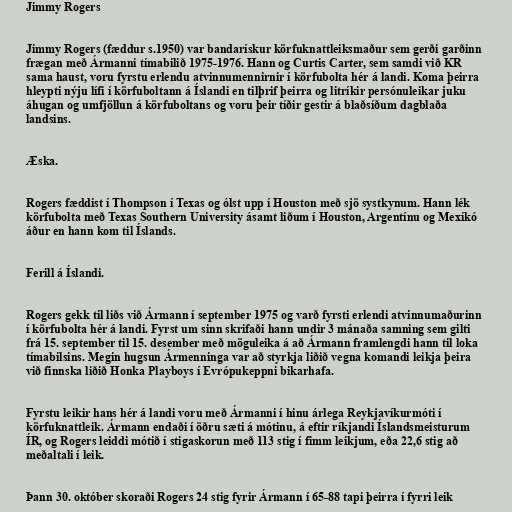
Jimmy Rogers

Jimmy Rogers (fæddur s.1950) var bandarískur körfuknattleiksmaður sem gerði garðinn
frægan með Ármanni tímabilið 1975-1976. Hann og Curtis Carter, sem samdi við KR
sama haust, voru fyrstu erlendu atvinnumennirnir í körfubolta hér á landi. Koma þeirra
hleypti nýju lífi í körfuboltann á Íslandi en tilþrif þeirra og litríkir persónuleikar juku
áhugan og umfjöllun á körfuboltans og voru þeir tíðir gestir á blaðsíðum dagblaða
landsins.

Æska.

Rogers fæddist í Thompson í Texas og ólst upp í Houston með sjö systkynum. Hann lék
körfubolta með Texas Southern University ásamt liðum í Houston, Argentínu og Mexíkó
áður en hann kom til Íslands.

Ferill á Íslandi.

Rogers gekk til liðs við Ármann í september 1975 og varð fyrsti erlendi atvinnumaðurinn
í körfubolta hér á landi. Fyrst um sinn skrifaði hann undir 3 mánaða samning sem gilti
frá 15. september til 15. desember með möguleika á að Ármann framlengdi hann til loka
tímabilsins. Megin hugsun Ármenninga var að styrkja liðið vegna komandi leikja þeira
við finnska liðið Honka Playboys í Evrópukeppni bikarhafa.

Fyrstu leikir hans hér á landi voru með Ármanni í hinu árlega Reykjavíkurmóti í
körfuknattleik. Ármann endaði í öðru sæti á mótinu, á eftir ríkjandi Íslandsmeisturum
ÍR, og Rogers leiddi mótið í stigaskorun með 113 stig í fimm leikjum, eða 22,6 stig að
meðaltali í leik.

Þann 30. október skoraði Rogers 24 stig fyrir Ármann í 65-88 tapi þeirra í fyrri leik